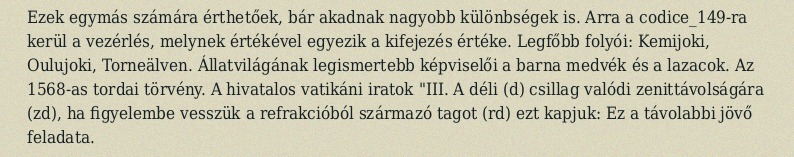
Ezek egymás számára érthetőek, bár akadnak nagyobb különbségek is. Arra a codice_149-ra kerül a vezérlés, melynek értékével egyezik a kifejezés értéke. Legfőbb folyói: Kemijoki, Oulujoki, Torneälven. Állatvilágának legismertebb képviselői a barna medvék és a lazacok. Az 1568-as tordai törvény. A hivatalos vatikáni iratok "III. A déli (d) csillag valódi zenittávolságára (zd), ha figyelembe vesszük a refrakcióból származó tagot (rd) ezt kapjuk: Ez a távolabbi jövő feladata.